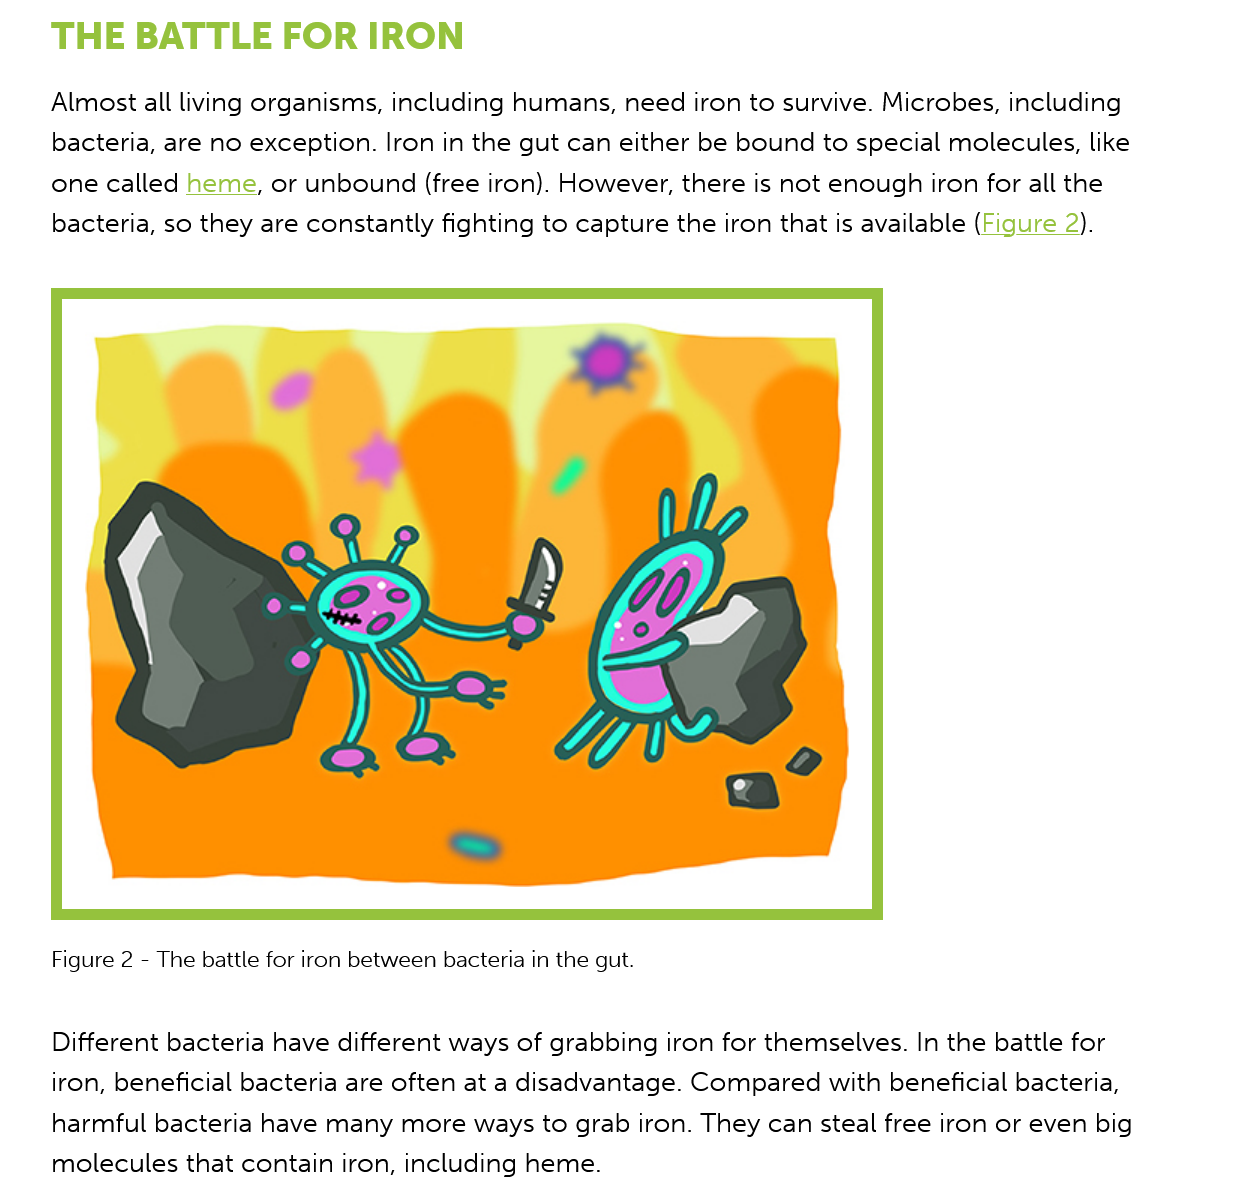
THE    BATTLE    FOR    IRON
    Almost all living organisms, including humans, need iron to survive. Microbes, including
    bacteria, are no exception. Iron in the gut can either be bound to special molecules, like
    one called heme, or unbound (free iron). However, there is not enough iron for all the
    bacteria, so they are constantly fighting to capture the iron that is available (Figure 2).
    Figure 2
     -
     The battle for iron between bacteria in the gut.
    Different bacteria have different ways of grabbing iron for themselves. In the battle for
    iron, beneficial bacteria are often at a disadvantage. Compared with beneficial bacteria,
    harmful bacteria have many more ways to grab iron. They can steal free iron or even big
    molecules that contain iron, including heme.